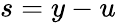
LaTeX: s=y-u